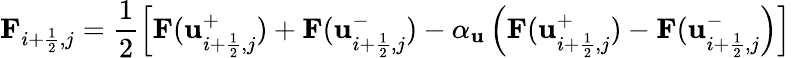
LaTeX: \mathbf F_{i+\frac{1}{2},j}=\frac{1}{2}\left[\mathbf F(\mathbf u_{i+\frac{1}{2},j}^{+})+\mathbf F(\mathbf u_{i+\frac{1}{2},j}^{-})-\alpha_{\mathbf u}\left(\mathbf F(\mathbf u_{i+\frac{1}{2},j}^{+})-\mathbf F(\mathbf u_{i+\frac{1}{2},j}^{-}\right)\right]